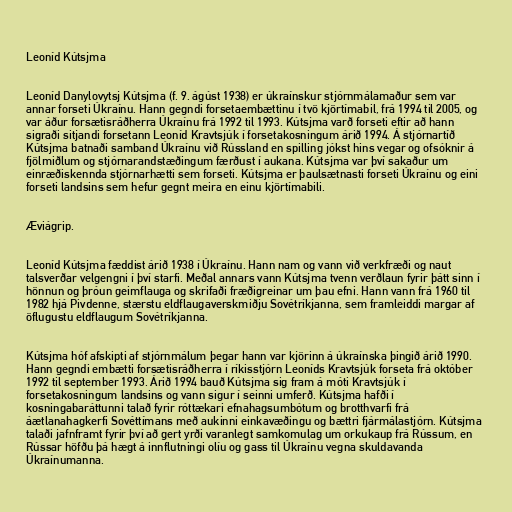
Leoníd Kútsjma

Leoníd Danylovytsj Kútsjma (f. 9. ágúst 1938) er úkraínskur stjórnmálamaður sem var
annar forseti Úkraínu. Hann gegndi forsetaembættinu í tvö kjörtímabil, frá 1994 til 2005, og
var áður forsætisráðherra Úkraínu frá 1992 til 1993. Kútsjma varð forseti eftir að hann
sigraði sitjandi forsetann Leoníd Kravtsjúk í forsetakosningum árið 1994. Á stjórnartíð
Kútsjma batnaði samband Úkraínu við Rússland en spilling jókst hins vegar og ofsóknir á
fjölmiðlum og stjórnarandstæðingum færðust í aukana. Kútsjma var því sakaður um
einræðiskennda stjórnarhætti sem forseti. Kútsjma er þaulsætnasti forseti Úkraínu og eini
forseti landsins sem hefur gegnt meira en einu kjörtímabili.

Æviágrip.

Leoníd Kútsjma fæddist árið 1938 í Úkraínu. Hann nam og vann við verkfræði og naut
talsverðar velgengni í því starfi. Meðal annars vann Kútsjma tvenn verðlaun fyrir þátt sinn í
hönnun og þróun geimflauga og skrifaði fræðigreinar um þau efni. Hann vann frá 1960 til
1982 hjá Pivdenne, stærstu eldflaugaverskmiðju Sovétríkjanna, sem framleiddi margar af
öflugustu eldflaugum Sovétríkjanna.

Kútsjma hóf afskipti af stjórnmálum þegar hann var kjörinn á úkraínska þingið árið 1990.
Hann gegndi embætti forsætisráðherra í ríkisstjórn Leoníds Kravtsjúk forseta frá október
1992 til september 1993. Árið 1994 bauð Kútsjma sig fram á móti Kravtsjúk í
forsetakosningum landsins og vann sigur í seinni umferð. Kútsjma hafði í
kosningabaráttunni talað fyrir róttækari efnahagsumbótum og brotthvarfi frá
áætlanahagkerfi Sovéttímans með aukinni einkavæðingu og bættri fjármálastjórn. Kútsjma
talaði jafnframt fyrir því að gert yrði varanlegt samkomulag um orkukaup frá Rússum, en
Rússar höfðu þá hægt á innflutningi olíu og gass til Úkraínu vegna skuldavanda
Úkraínumanna.